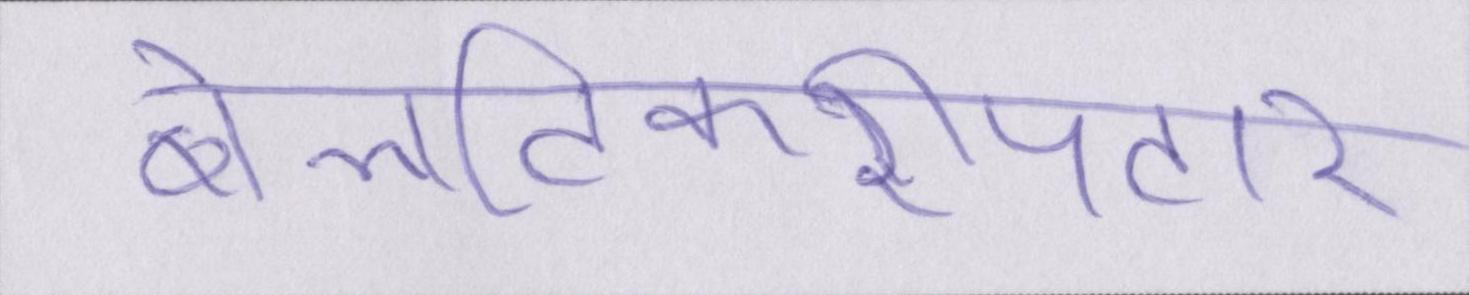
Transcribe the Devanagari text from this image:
बेलटिकरीपटार